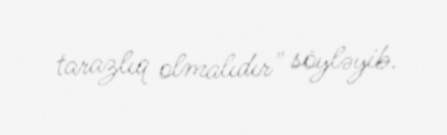
tarazlıq olmalıdır" söyləyib.